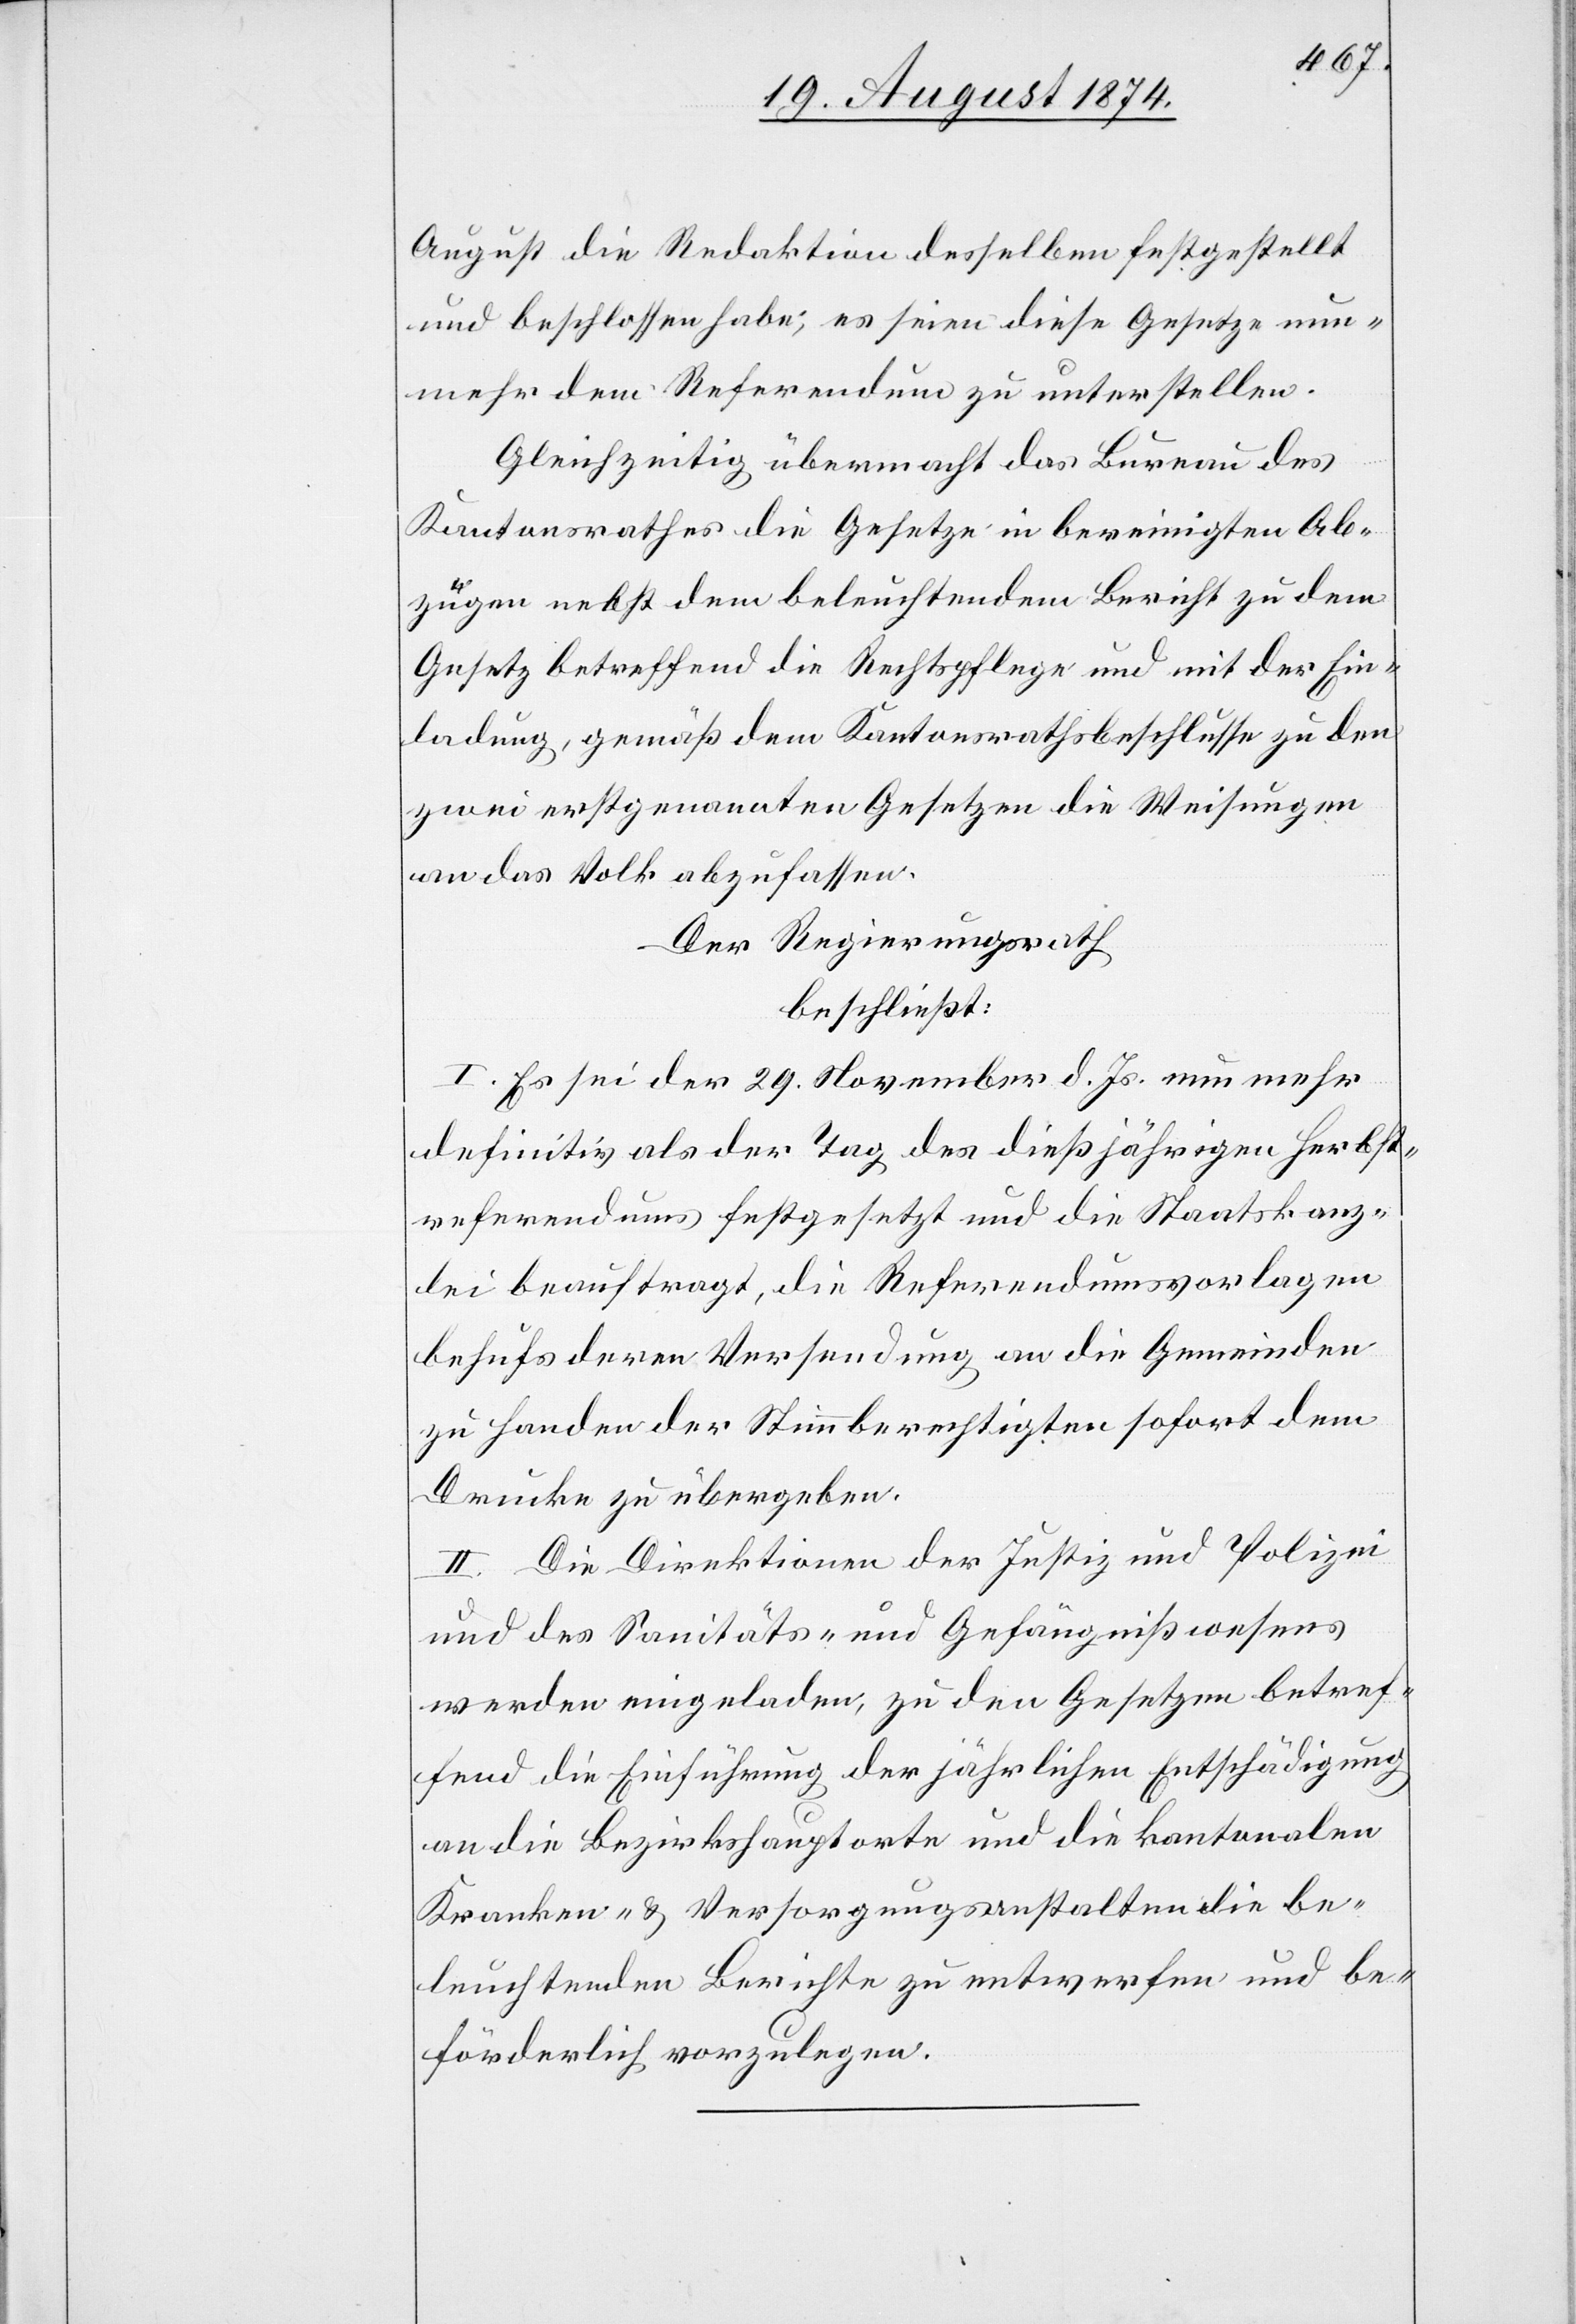
August die Redaktion desselben festgestellt
und beschlossen habe, es seien diese Gesetze nun¬
mehr dem Referendum zu unterstellen.
Gleichzeitig übermacht das Bureau des
Kantonsrathes die Gesetze in bereinigten Ab¬
zügen nebst dem beleuchtendem [sic!] Bericht zu dem
Gesetz betreffend die Rechtspflege und mit der Ein¬
ladung, gemäß dem Kantonsrathsbeschlusse zu den
zwei erstgenannten Gesetzen die Weisungen
an das Volk abzufassen.
Der Regierungsrath
beschließt:
I. Es sei der 29. November d. Js. nun mehr
definitiv als der Tag des dießjährigen Herbst¬
referendums festgesetzt und die Staatskanz¬
lei beauftragt, die Referendumsvorlagen
behufs deren Versendung an die Gemeinden
zu Handen der Stimmberechtigten sofort dem
Drucke zu übergeben.
II. Die Direktionen der Justiz und Polizei
und des Sanitäts- und Gefängnißwesens
werden eingeladen, zu den Gesetzen betref¬
fend die Einführung der jährlichen Entschädigung
an die Bezirkshauptorte und die kantonalen
Kranken- u. Versorgungsanstalten die be¬
leuchtenden Berichte zu entwerfen und be¬
förderlich vorzulegen.